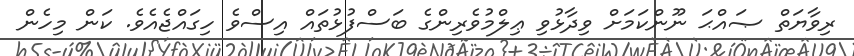
ރިވާޔަތް ޞައްޙަ ނޫންކަމަށް ވިދާޅުވި ޢިލްމުވެރިންގެ ބަސްފުޅުތައް އިސްވެ ހިގައްޖެއެވެ. ކަން މިހެން